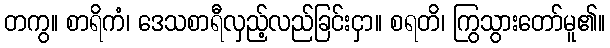
တကွ။ စာရိကံ၊ ဒေသစာရီလှည့်လည်ခြင်းငှာ။ စရတိ၊ ကြွသွားတော်မူ၏။